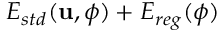
E _ { s t d } ( \mathbf { u } , \phi ) + E _ { r e g } ( \phi )